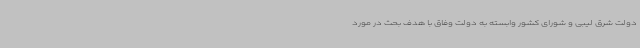
دولت شرق لیبی و شورای کشور وابسته به دولت وفاق با هدف بحث در مورد